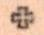
+